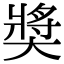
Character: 奬